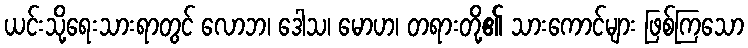
ယင်းသို့ရေးသားရာတွင် လောဘ၊ ဒေါသ၊ မောဟ၊ တရားတို့၏ သားကောင်များ ဖြစ်ကြသော